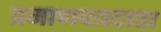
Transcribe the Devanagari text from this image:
प्रमाणपत्रदाता